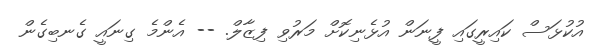
އުކުޅަސް ކައިރީގައި ފީނަން އުޅެނިކޮށް މަރުވި ފިޒާލް. -- އެންމެ ގިނައީ ގެނބިގެން